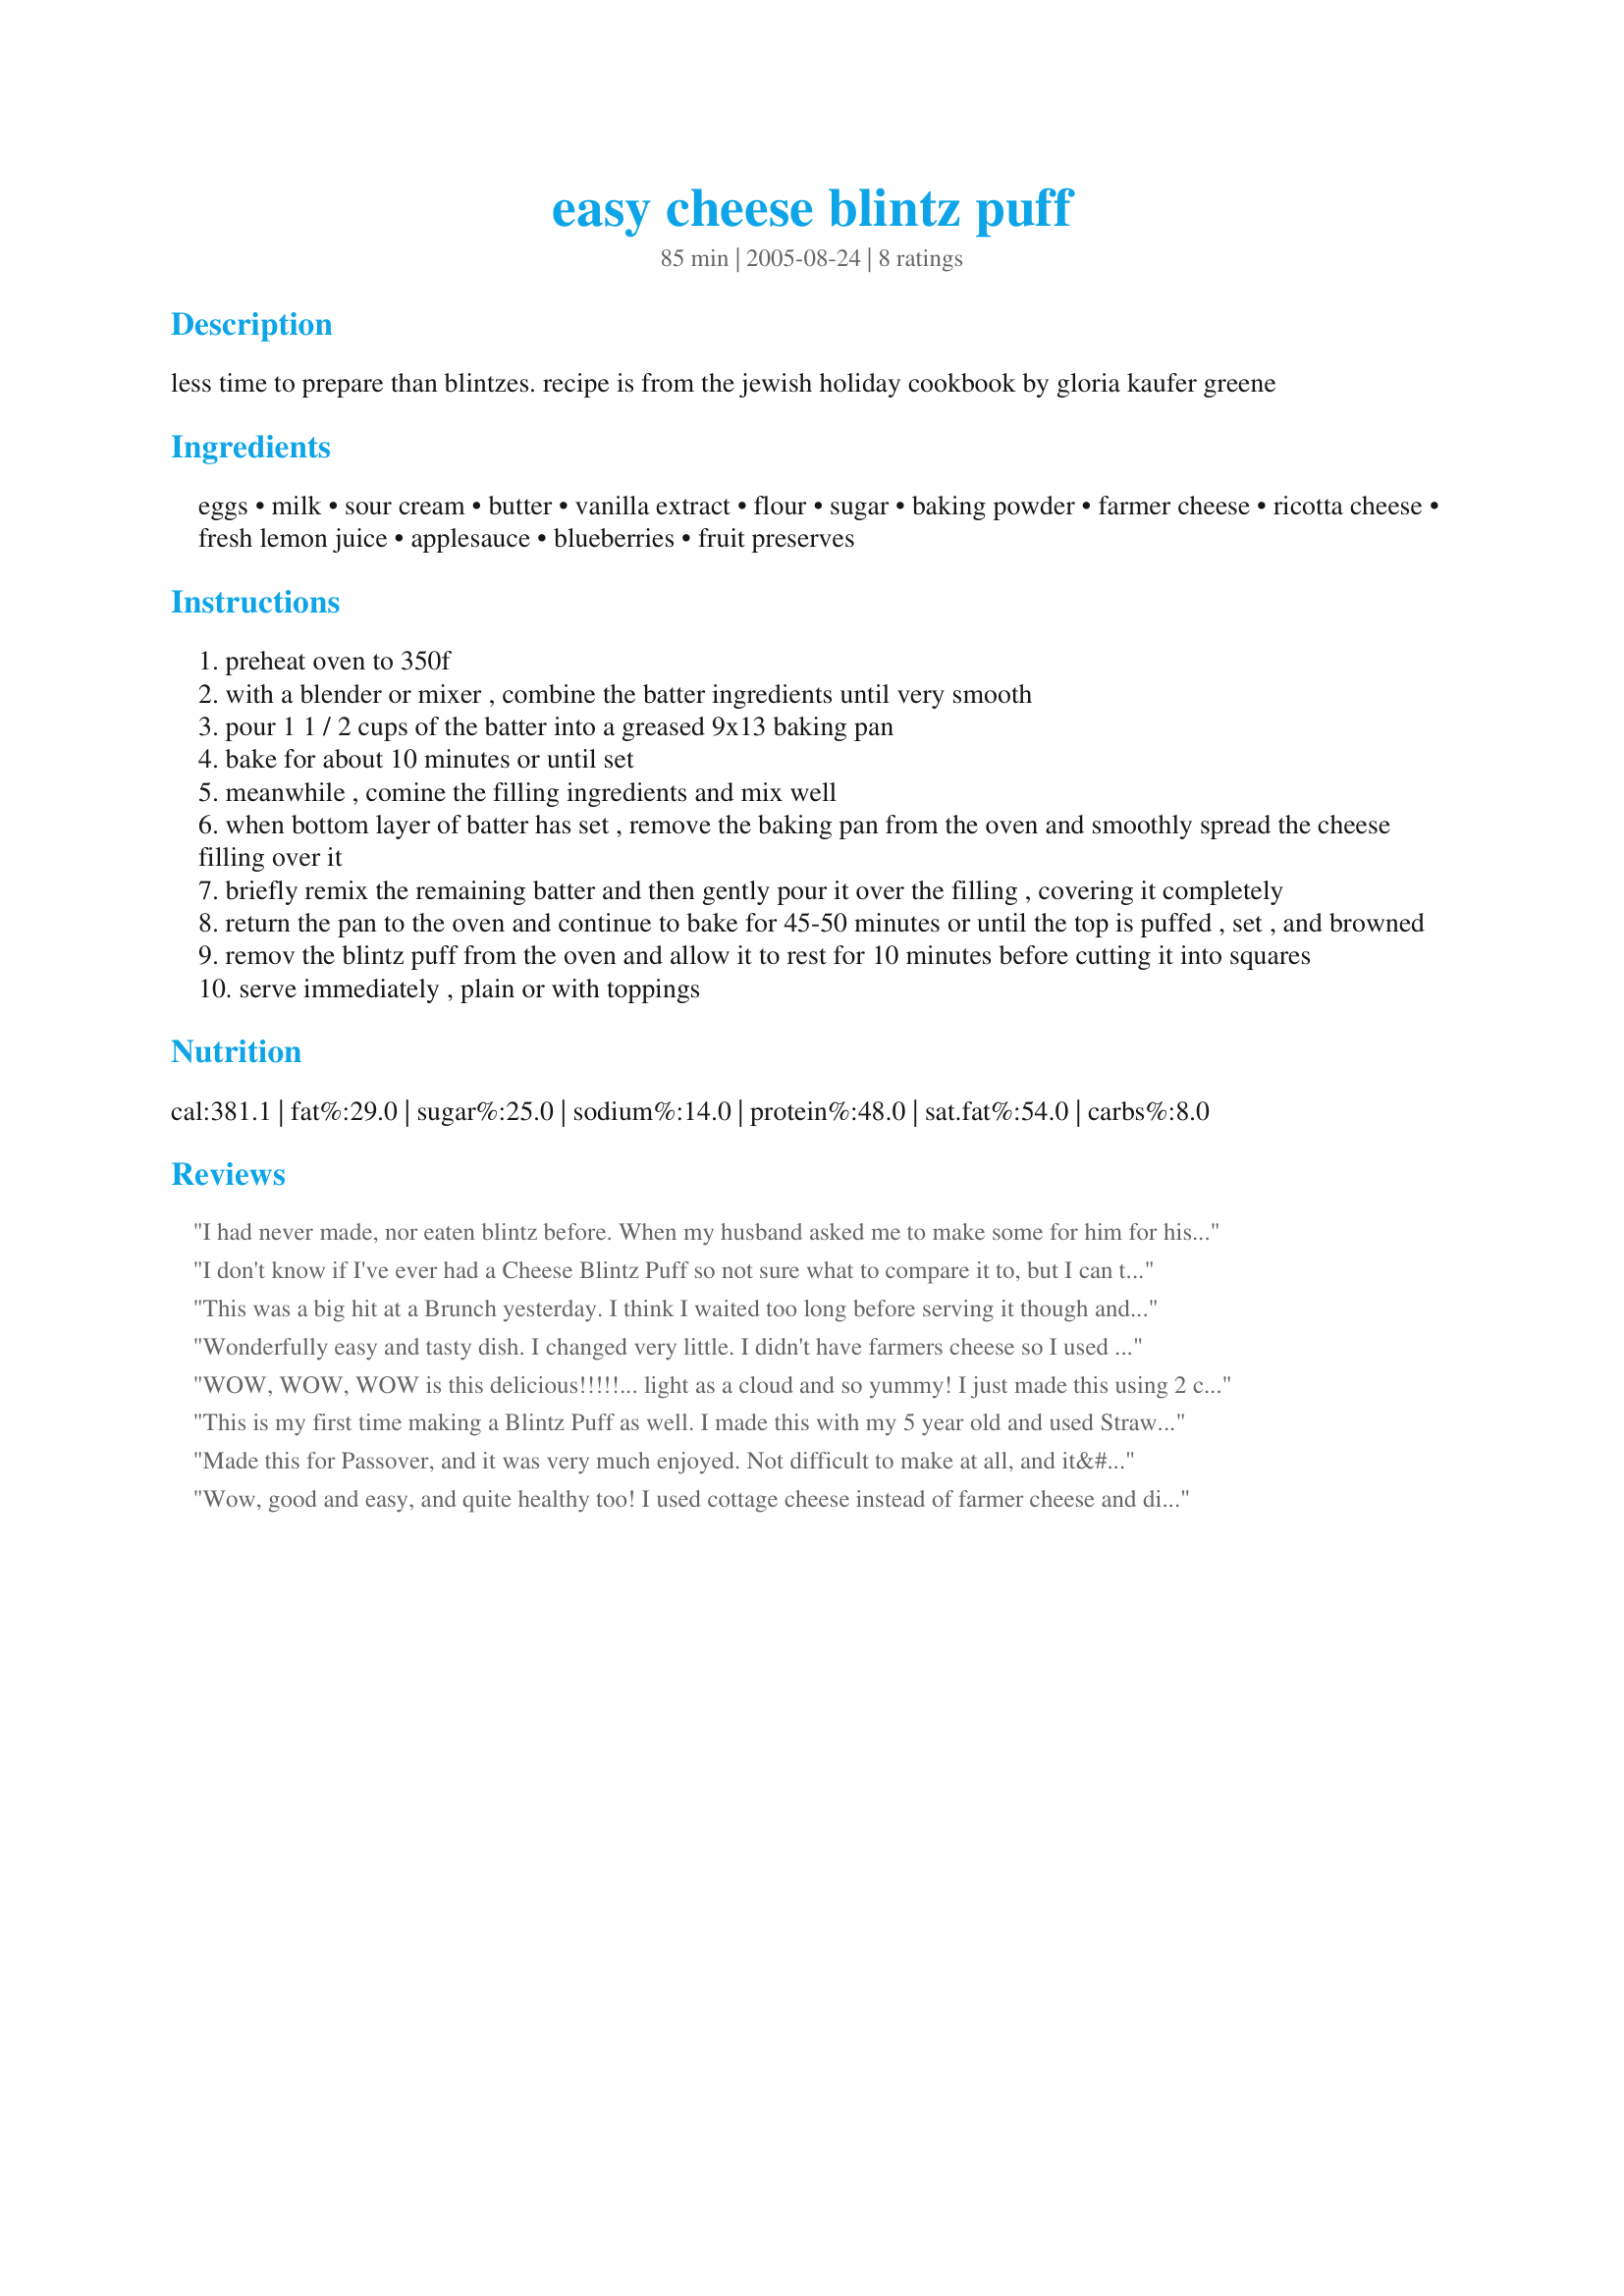
easy cheese blintz puff
Preparation time: 85 minutes

less time to prepare than blintzes. recipe is from the jewish holiday cookbook by gloria kaufer greene

Ingredients:
eggs, milk, sour cream, butter, vanilla extract, flour, sugar, baking powder, farmer cheese, ricotta cheese, fresh lemon juice, applesauce, blueberries, fruit preserves

Steps:
preheat oven to 350f
with a blender or mixer , combine the batter ingredients until very smooth
pour 1 1 / 2 cups of the batter into a greased 9x13 baking pan
bake for about 10 minutes or until set
meanwhile , comine the filling ingredients and mix well
when bottom layer of batter has set , remove the baking pan from the oven and smoothly spread the cheese filling over it
briefly remix the remaining batter and then gently pour it over the filling , covering it completely
return the pan to the oven and continue to bake for 45-50 minutes or until the top is puffed , set , and browned
remov the blintz puff from the oven and allow it to rest for 10 minutes before cutting it into squares
serve immediately , plain or with toppings

Reviews:
I had never made, nor eaten blintz before. When my husband asked me to make some for him for his birthday I found this recipe and all I can say is WOW! My family raved over how delicious this dish was and I was thrilled with how easy it was to prepare. My kids told me to save the recipe because they are going to want it on their birthdays too. I subsituted cream cheese and cottage cheese for the farmers cheese and ricotta because of personal preference and served it with fresh sliced strawberries and whipped cream.
I don't know if I've ever had a Cheese Blintz Puff so not sure what to compare it to, but I can tell you it was wonderful. I made half of the recipe since there are just two of us and it turned out light and fluffy. It did kinda fall during the 10 minute wait period. I served this with Raspberry jam. Thanks.
This was a big hit at a Brunch yesterday. I think I waited too long before serving it though and it lost the "puff." It was still excellent.
Wonderfully easy and tasty dish. I changed very little. I didn't have farmers cheese so I used 1# of cream cheese. I also just used the juice of a whole lemon and then added the zest from the same. I also used 4tsp of Baking powder as I do not have a 1/4 Tablespoon measure. I topped it with apricot perserves.

I served this with a red leaf salad w/manderin oranges and Honey dijon mustard.
WOW, WOW, WOW is this delicious!!!!!... light as a cloud and so yummy! I just made this using 2 cups ricotta cheese as I don't purchase farmer's cheese. This makes a fabulous weekend brunch or a light lunch, it is easy to put together, my family loved this! next time I will make two of them... thanks so much Bunny Mom!...Kitten:)
This is my first time making a Blintz Puff as well. I made this with my 5 year old and used Strawberries. It was terrific! Easy, well written recipe, thanks for posting!
Made this for Passover, and it was very much enjoyed. Not difficult to make at all, and it&#039;s only lightly sweetened so you can top it with something really sweet like Ice Cream or syrup (I made a strawberry sauce). Many thanks.
Wow, good and easy, and quite healthy too! I used cottage cheese instead of farmer cheese and did it in the blender. I used fresh strawberries with it this morning, and in the future I would either sprinkle powdered sugar over it before serving, or just add more sugar to the recipe since we like things a little sweet here. I will be making this again this weekend, for our church 4th of July camp - we are cooking for about 140 people. This can be mixed up the night before then just baked in the morning, a real advantage when cooking for extreme quantities of peeps!
